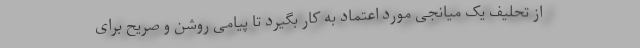
از تحلیف یک میانجی مورد اعتماد به کار بگیرد تا پیامی روشن و صریح برای